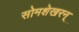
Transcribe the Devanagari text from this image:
सोमशेखरन्